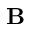
\textbf { B }